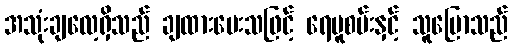
အသုံးချလေ့ရှိသည် ချထားပေးသဖြင့် ရေပူစမ်းနှင့် သူပြောသည်